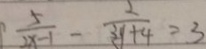
\frac { 5 } { 2 x - 1 } - \frac { 2 } { 3 y + 4 } = 3